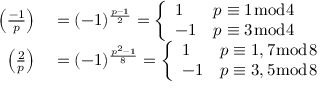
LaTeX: \begin{array} { r l } { \left( { \frac { - 1 } { p } } \right) } & { { } = ( - 1 ) ^ { \frac { p - 1 } { 2 } } = { \left\{ \begin{array} { l l } { 1 } & { p \equiv 1 { \bmod { 4 } } } \\ { - 1 } & { p \equiv 3 { \bmod { 4 } } } \end{array} \right. } } \\ { \left( { \frac { 2 } { p } } \right) } & { { } = ( - 1 ) ^ { \frac { p ^ { 2 } - 1 } { 8 } } = { \left\{ \begin{array} { l l } { 1 } & { p \equiv 1 , 7 { \bmod { 8 } } } \\ { - 1 } & { p \equiv 3 , 5 { \bmod { 8 } } } \end{array} \right. } } \end{array}